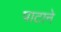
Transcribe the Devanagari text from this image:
पाटाने